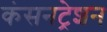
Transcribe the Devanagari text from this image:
कंसनट्रेशन